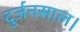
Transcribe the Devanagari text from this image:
दुर्जनसाल।